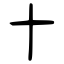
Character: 十